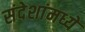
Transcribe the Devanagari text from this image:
संदेशांमध्ये